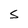
Character: S